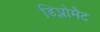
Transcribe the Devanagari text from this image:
डिप्लोमैट